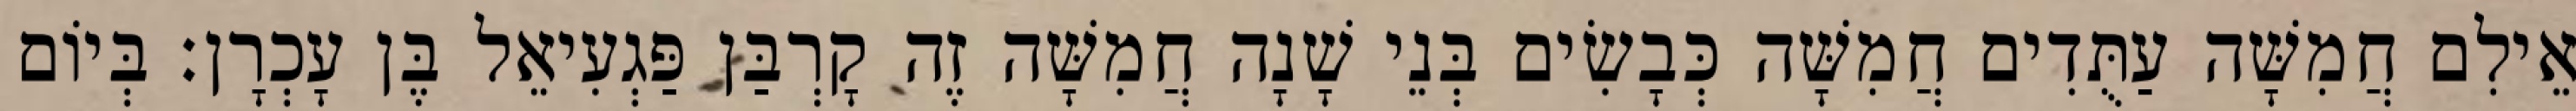
אֵילִם חֲמִשָּׁה עַתֻּדִים חֲמִשָּׁה כְּבָשִׂים בְּנֵי שָׁנָה חֲמִשָּׁה זֶה קָרְבַּן פַּגְעִיאֵל בֶּן עָכְרָן׃ בְּיוֹם